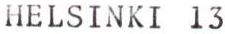
HELSINKI 13